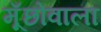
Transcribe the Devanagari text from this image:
मूँछोंवाला